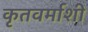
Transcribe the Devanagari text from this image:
कृतवर्माशी